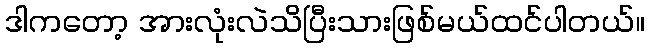
ဒါကတော့ အားလုံးလဲသိပြီးသားဖြစ်မယ်ထင်ပါတယ်။